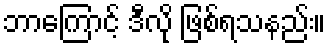
ဘာကြောင့် ဒီလို ဖြစ်ရသနည်း။